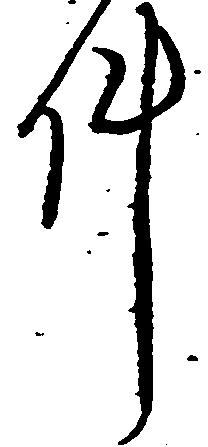
件